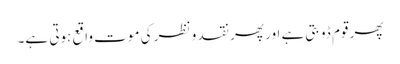
پھر قوم ڈوبتی ہے اور پھر نقد و نظر کی موت واقع ہوتی ہے۔